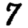
Digit: 7